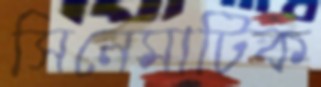
সিনেমাটিক